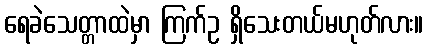
ရေခဲသေတ္တာထဲမှာ ကြက်ဥ ရှိသေးတယ်မဟုတ်လား။